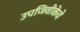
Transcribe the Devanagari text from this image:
उपजिवीकेचे